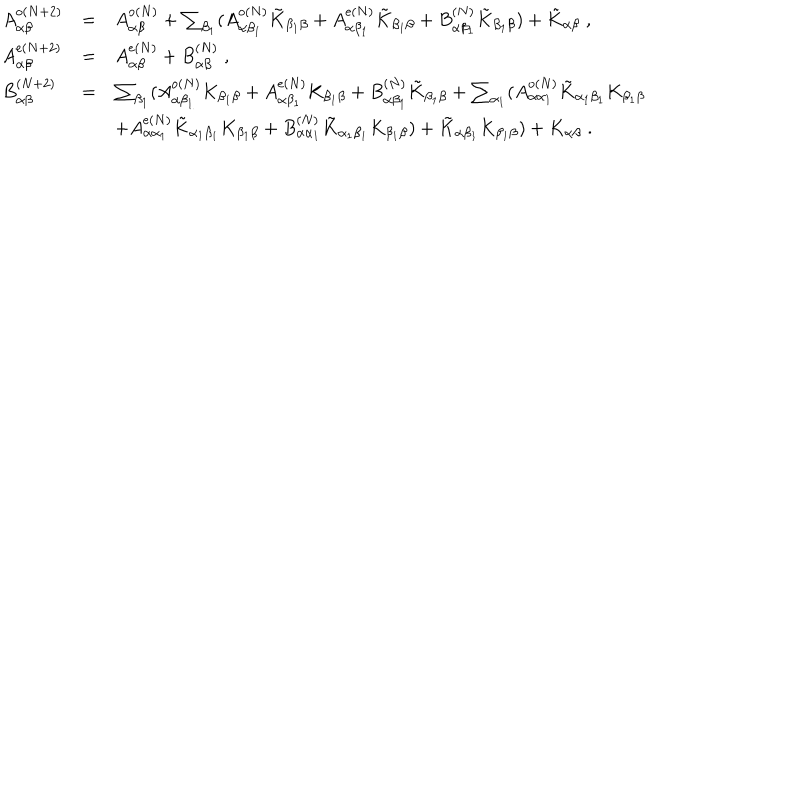
LaTeX: \begin{array} { l l l } { { A _ { \alpha \beta } ^ { \mathrm { o } ( N + 2 ) } } } & { { = } } & { { A _ { \alpha \beta } ^ { \mathrm { o } ( N ) } + \sum _ { \beta _ { 1 } } ( A _ { \alpha \beta _ { 1 } } ^ { \mathrm { o } ( N ) } \tilde { K } _ { \beta _ { 1 } \beta } + A _ { \alpha \beta _ { 1 } } ^ { \mathrm { e } ( N ) } \tilde { K } _ { \beta _ { 1 } \beta } + B _ { \alpha \beta _ { 1 } } ^ { ( N ) } \tilde { K } _ { \beta _ { 1 } \beta } ) + \tilde { K } _ { \alpha \beta } \; , } } \\ { { A _ { \alpha \beta } ^ { \mathrm { e } ( N + 2 ) } } } & { { = } } & { { A _ { \alpha \beta } ^ { \mathrm { e } ( N ) } + B _ { \alpha \beta } ^ { ( N ) } \; , } } \\ { { B _ { \alpha \beta } ^ { ( N + 2 ) } } } & { { = } } & { { \sum _ { \beta _ { 1 } } ( A _ { \alpha \beta _ { 1 } } ^ { \mathrm { o } ( N ) } K _ { \beta _ { 1 } \beta } + A _ { \alpha \beta _ { 1 } } ^ { \mathrm { e } ( N ) } K _ { \beta _ { 1 } \beta } + B _ { \alpha \beta _ { 1 } } ^ { ( N ) } \tilde { K } _ { \beta _ { 1 } \beta } + \sum _ { \alpha _ { 1 } } ( A _ { \alpha \alpha _ { 1 } } ^ { \mathrm { o } ( N ) } \tilde { K } _ { \alpha _ { 1 } \beta _ { 1 } } K _ { \beta _ { 1 } \beta } } } \\ { { } } & { { } } & { { \mathrm { } + A _ { \alpha \alpha _ { 1 } } ^ { \mathrm { e } ( N ) } \tilde { K } _ { \alpha _ { 1 } \beta _ { 1 } } K _ { \beta _ { 1 } \beta } + B _ { \alpha \alpha _ { 1 } } ^ { ( N ) } \tilde { K } _ { \alpha _ { 1 } \beta _ { 1 } } K _ { \beta _ { 1 } \beta } ) + \tilde { K } _ { \alpha \beta _ { 1 } } K _ { \beta _ { 1 } \beta } ) + K _ { \alpha \beta } \; . } } \\ \end{array}